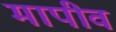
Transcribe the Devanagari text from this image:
मापीव